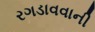
રગડાવવાની